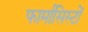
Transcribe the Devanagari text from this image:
फार्मासिस्टों